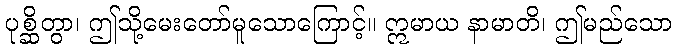
ပုစ္ဆိတွာ၊ ဤသို့မေးတော်မူသောကြောင့်။ ဣမာယ နာမာတိ၊ ဤမည်သော